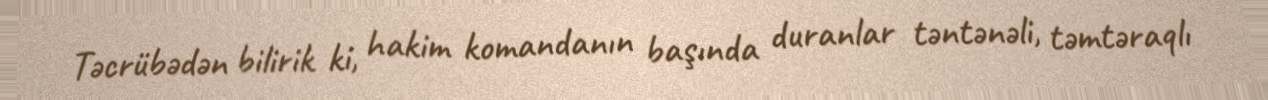
Təcrübədən bilirik ki, hakim komandanın başında duranlar təntənəli, təmtəraqlı